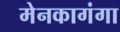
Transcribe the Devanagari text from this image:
मेनकागंगा